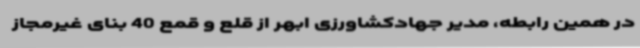
در همین رابطه، مدیر جهادکشاورزی ابهر از قلع و قمع 40 بنای غیرمجاز